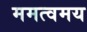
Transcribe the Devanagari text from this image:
ममत्वमय